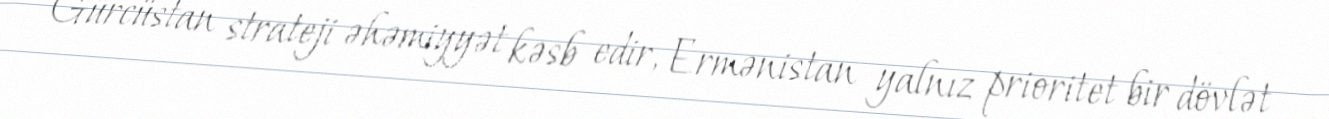
Gürcüstan strateji əhəmiyyət kəsb edir, Ermənistan yalnız prioritet bir dövlət